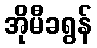
အိုမီခရွန်